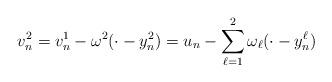
LaTeX: \begin{gather*} v_n^2= v_n^1-\omega^2 (\cdot - y_n^2)= u_n- \sum_{\ell=1}^{2}\omega_{\ell} (\cdot-y_n^{\ell})\end{gather*}